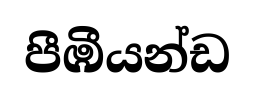
පීඹීයන්ඩ